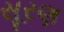
સૂરણ